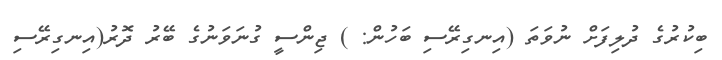
ބިކުރުގެ ދުލިފަށް ނުވަތަ (އިނގިރޭސި ބަހުން: ) ޖިންސީ ގުނަވަނުގެ ބޭރު ދޮރު(އިނގިރޭސި